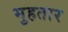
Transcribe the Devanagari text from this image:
मुहतार